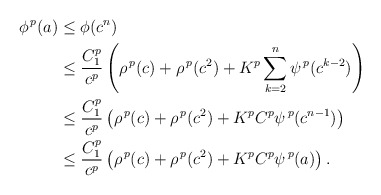
\begin{align*}\phi^{\, p}(a)&\le \phi(c^n)\\&\le \frac{C_1^p}{c^p} \left( \rho^{\, p}(c)+\rho^{\, p}(c^2) +K^p \sum_{k=2}^n \psi^{\, p} (c^{k-2})\right)\\&\le \frac{C_1^p}{c^p} \left( \rho^{\, p}(c)+\rho^{\, p}(c^2) +K^p C^p \psi^{\, p}(c^{n-1})\right)\\&\le \frac{C_1^p}{c^p} \left( \rho^{\, p}(c)+\rho^{\, p}(c^2) +K^p C^p \psi^{\, p}(a)\right).\end{align*}